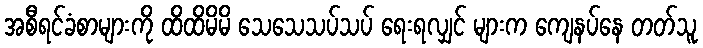
အစီရင်ခံစာများကို ထိထိမိမိ သေသေသပ်သပ် ရေးရလျှင် များက ကျေနပ်နေ တတ်သူ